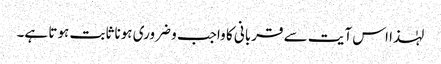
لہٰذا اس آیت سے قربانی کا واجب و ضروری ہونا ثابت ہوتا ہے۔